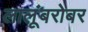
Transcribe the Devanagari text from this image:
लालूंबरोबर